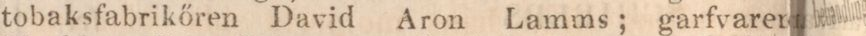
tobaksfabrikőren David Aron Lamms; garfvaren